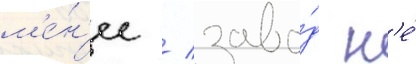
м'е́н'ее / заво́д н'е́